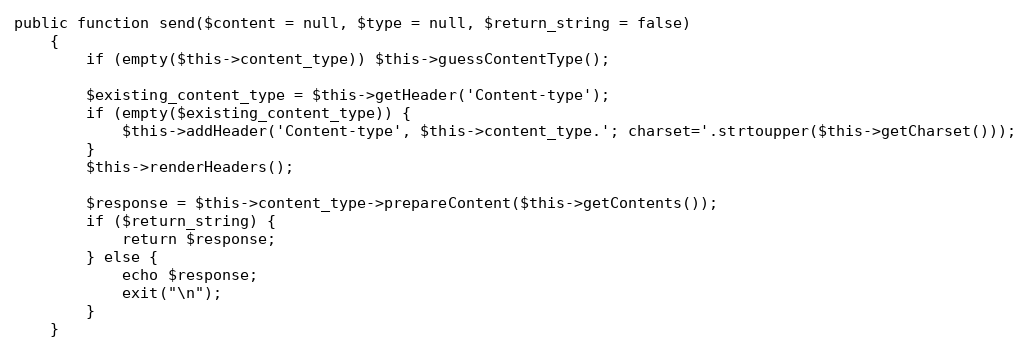
Language: PHP
public function send($content = null, $type = null, $return_string = false)
    {
        if (empty($this->content_type)) $this->guessContentType();

        $existing_content_type = $this->getHeader('Content-type');
        if (empty($existing_content_type)) {
            $this->addHeader('Content-type', $this->content_type.'; charset='.strtoupper($this->getCharset()));
        }
        $this->renderHeaders();

        $response = $this->content_type->prepareContent($this->getContents());
        if ($return_string) {
            return $response;
        } else {
            echo $response;
            exit("\n");
        }
    }